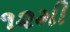
૧૨મી